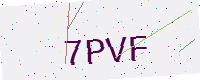
Text: 7PVF